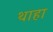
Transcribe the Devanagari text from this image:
थाहा